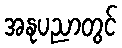
အနုပညာတွင်